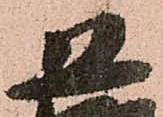
恐